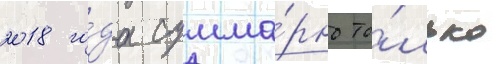
2018 го́да сумма́рно то́лько